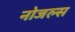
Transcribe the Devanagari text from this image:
नोजल्स